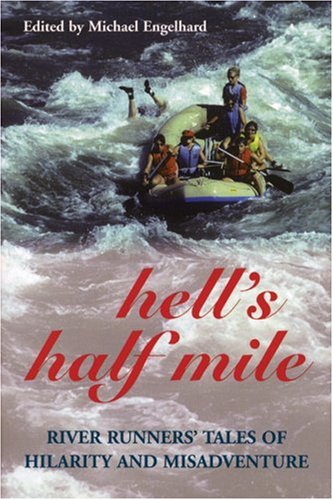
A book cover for Hell's Half Mile: River Runners' Tales of Hilarity and Misadventure; Sports & Outdoors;